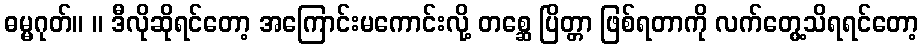
ဓမ္မဂုတ်။ ။ ဒီလိုဆိုရင်တော့ အကြောင်းမကောင်းလို့ တစ္ဆေ ပြိတ္တာ ဖြစ်ရတာကို လက်တွေ့သိရရင်တော့